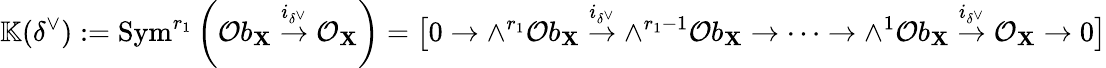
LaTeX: \mathbb{K}(\delta^{\vee}):=\mathrm{Sym}^{r_{1}}\left(\mathcal{O}b_{\mathbf{X}}\stackrel{i_{\delta^{\vee}}}{\to}\mathcal{O}_{\mathbf{X}}\right)=\big[0\to\wedge^{r_{1}}\mathcal{O}b_{\mathbf{X}}\stackrel{i_{\delta^{\vee}}}{\to}\wedge^{r_{1}-1}\mathcal{O}b_{\mathbf{X}}\to\cdots\to\wedge^{1}\mathcal{O}b_{\mathbf{X}}\stackrel{i_{\delta^{\vee}}}{\to}\mathcal{O}_{\mathbf{X}}\to 0\big]